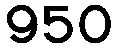
950